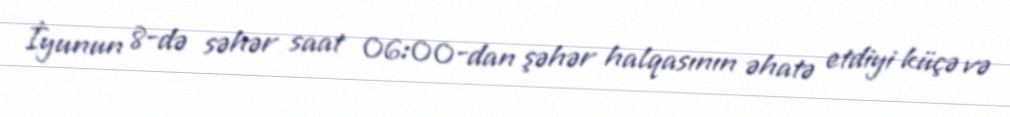
İyunun 8-də səhər saat 06:00-dan şəhər halqasının əhatə etdiyi küçə və